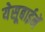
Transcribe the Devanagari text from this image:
येसूबाईनें